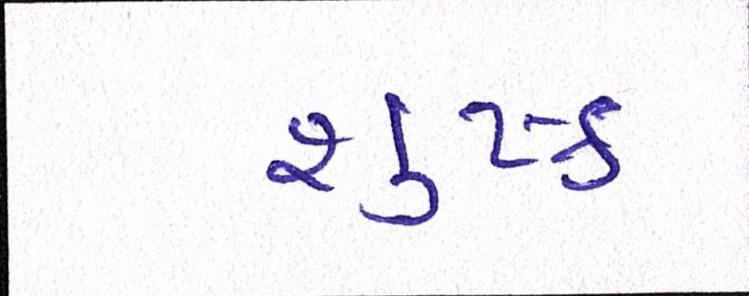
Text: શુષ્ક